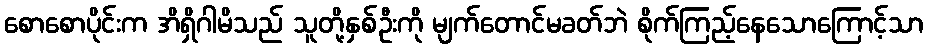
စောစောပိုင်းက အိရှိဂါမိသည် သူတို့နှစ်ဦးကို မျက်တောင်မခတ်ဘဲ စိုက်ကြည့်နေသောကြောင့်သာ